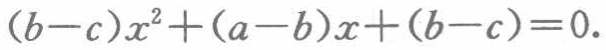
\((b - c)x^{2}+(a - b)x+(b - c)=0\)